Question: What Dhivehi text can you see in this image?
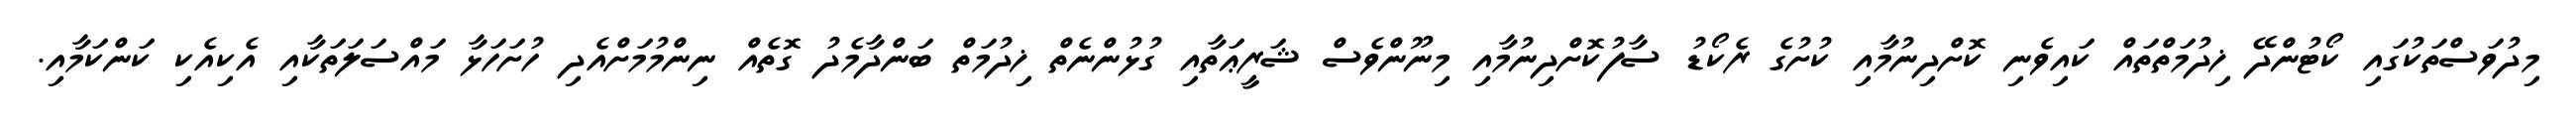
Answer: މިދުވަސްތަކުގައި ކޯޓުންދޭ ޚިދުމަތްތައް ކައިވެނި ކޮށްދިނުމާއި ކުށުގެ ރެކޯޑު ސާފުކޮށްދިނުމާއި މިނޫންވެސް ޝަރީޢަތާއި ގުޅުންނެތް ޚިދުމަތް ބަންދާމެދު ގޮތެއް ނިންމުމަށްއެދި ހުށަހަޅާ މައްސަލަތަކާއި އެކިއެކި ކަންކަމާއި.